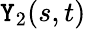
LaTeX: \mathtt{Y}_{2}(s,t)